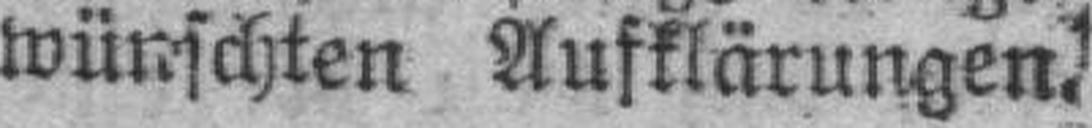
wünschten Aufklärungen.